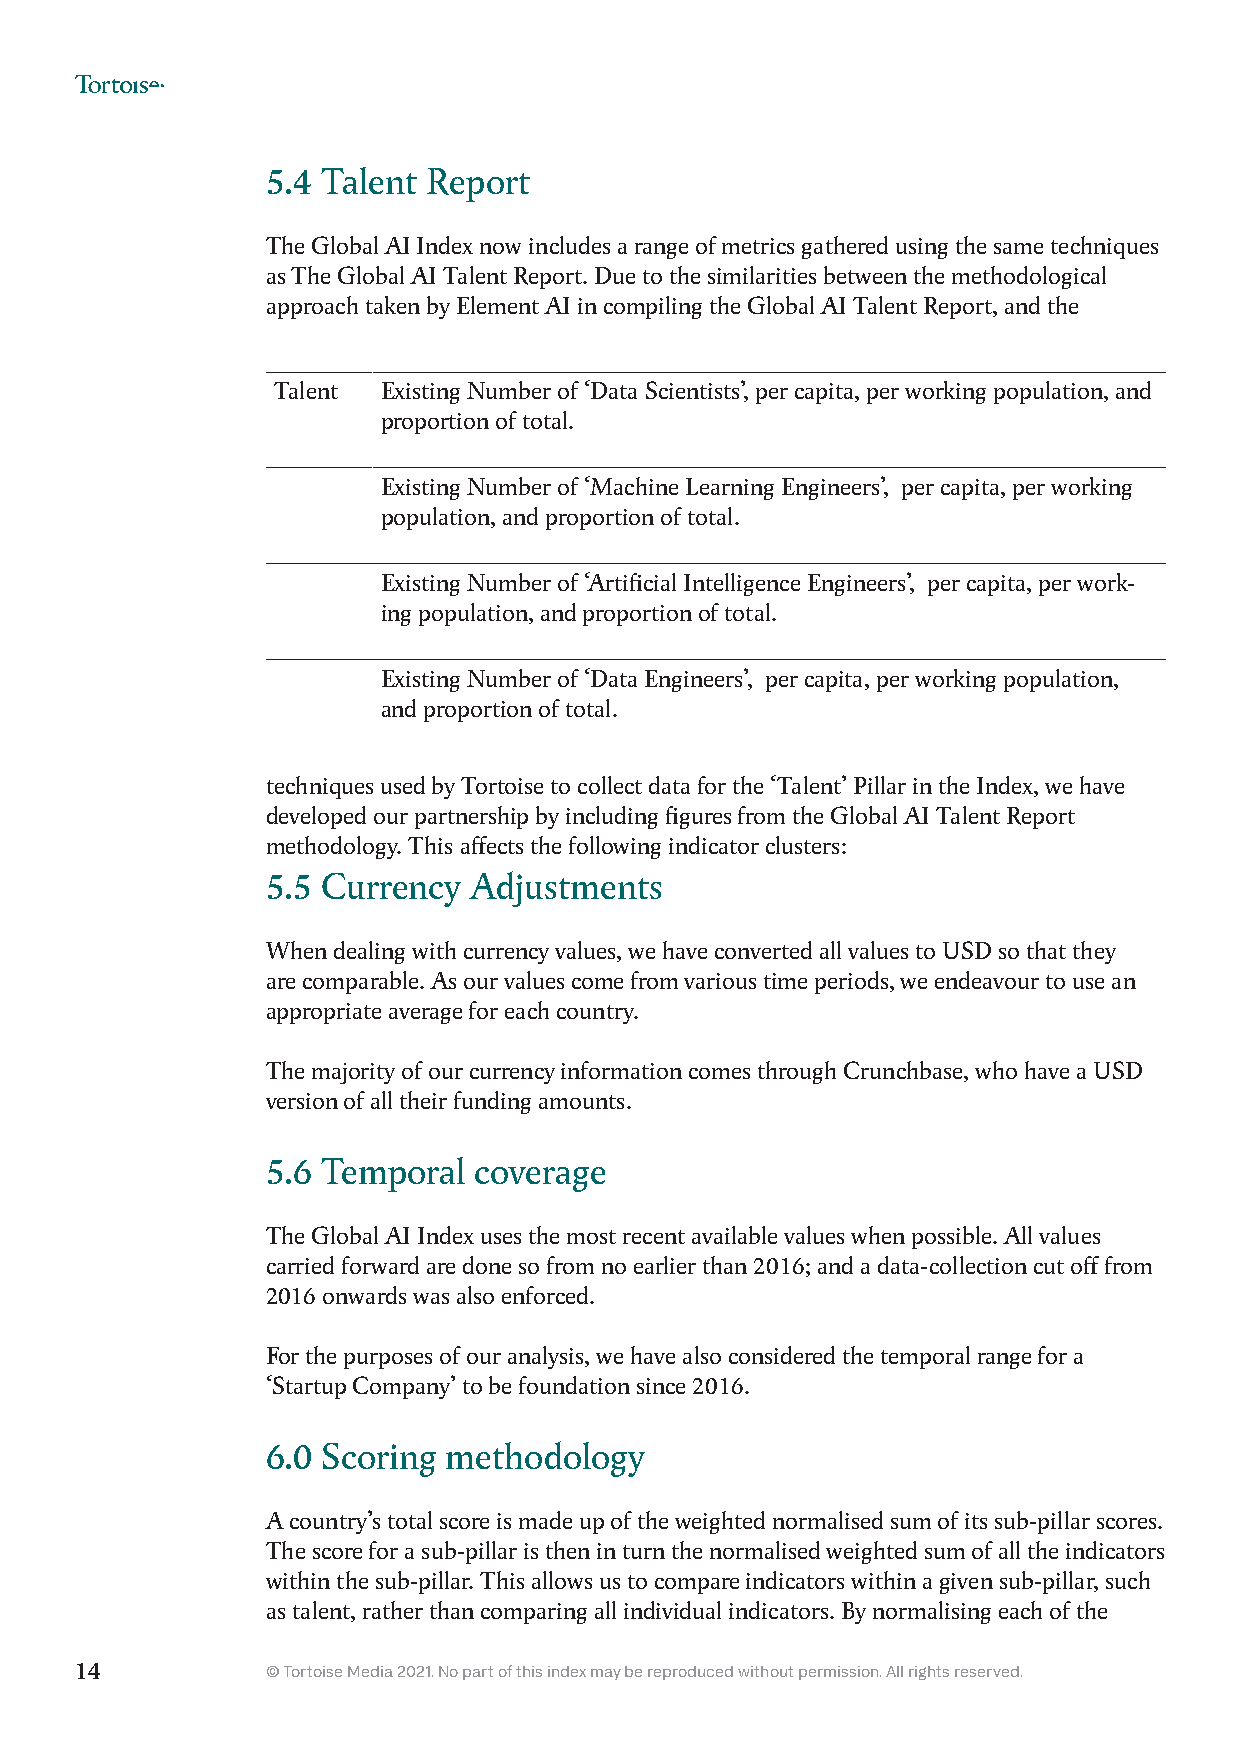
5.4 Talent Report
 The Global AI Index now includes a range of metrics gathered using the same techniques
 as The Global AI Talent Report. Due to the similarities between the methodological
 approach taken by Element AI in compiling the Global AI Talent Report, and the
 Talent Existing Number of ‘Data Scientists’, per capita, per working population, and
 proportion of total.
 Existing Number of ‘Machine Learning Engineers’, per capita, per working
 population, and proportion of total.
 Existing Number of ‘Artificial Intelligence Engineers’, per capita, per work-
 ing population, and proportion of total.
 Existing Number of ‘Data Engineers’, per capita, per working population,
 and proportion of total.
 techniques used by Tortoise to collect data for the ‘Talent’ Pillar in the Index, we have
 developed our partnership by including figures from the Global AI Talent Report
 methodology. This affects the following indicator clusters:
 5.5 Currency Adjustments
 When dealing with currency values, we have converted all values to USD so that they
 are comparable. As our values come from various time periods, we endeavour to use an
 appropriate average for each country.
 The majority of our currency information comes through Crunchbase, who have a USD
 version of all their funding amounts.
 5.6 Temporal coverage
 The Global AI Index uses the most recent available values when possible. All values
 carried forward are done so from no earlier than 2016; and a data-collection cut off from
 2016 onwards was also enforced.
 For the purposes of our analysis, we have also considered the temporal range for a
 ‘Startup Company’ to be foundation since 2016.
 6.0 Scoring methodology
 A country’s total score is made up of the weighted normalised sum of its sub-pillar scores.
 The score for a sub-pillar is then in turn the normalised weighted sum of all the indicators
 within the sub-pillar. This allows us to compare indicators within a given sub-pillar, such
 as talent, rather than comparing all individual indicators. By normalising each of the
 14           © Tortoise Media 2021. No part of this index may be reproduced without permission. All rights reserved.